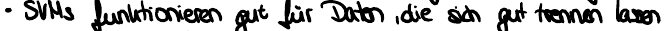
SVMs funktionieren gut für Daten, die sich gut trennen lassen